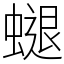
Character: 螁